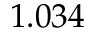
1 . 0 3 4